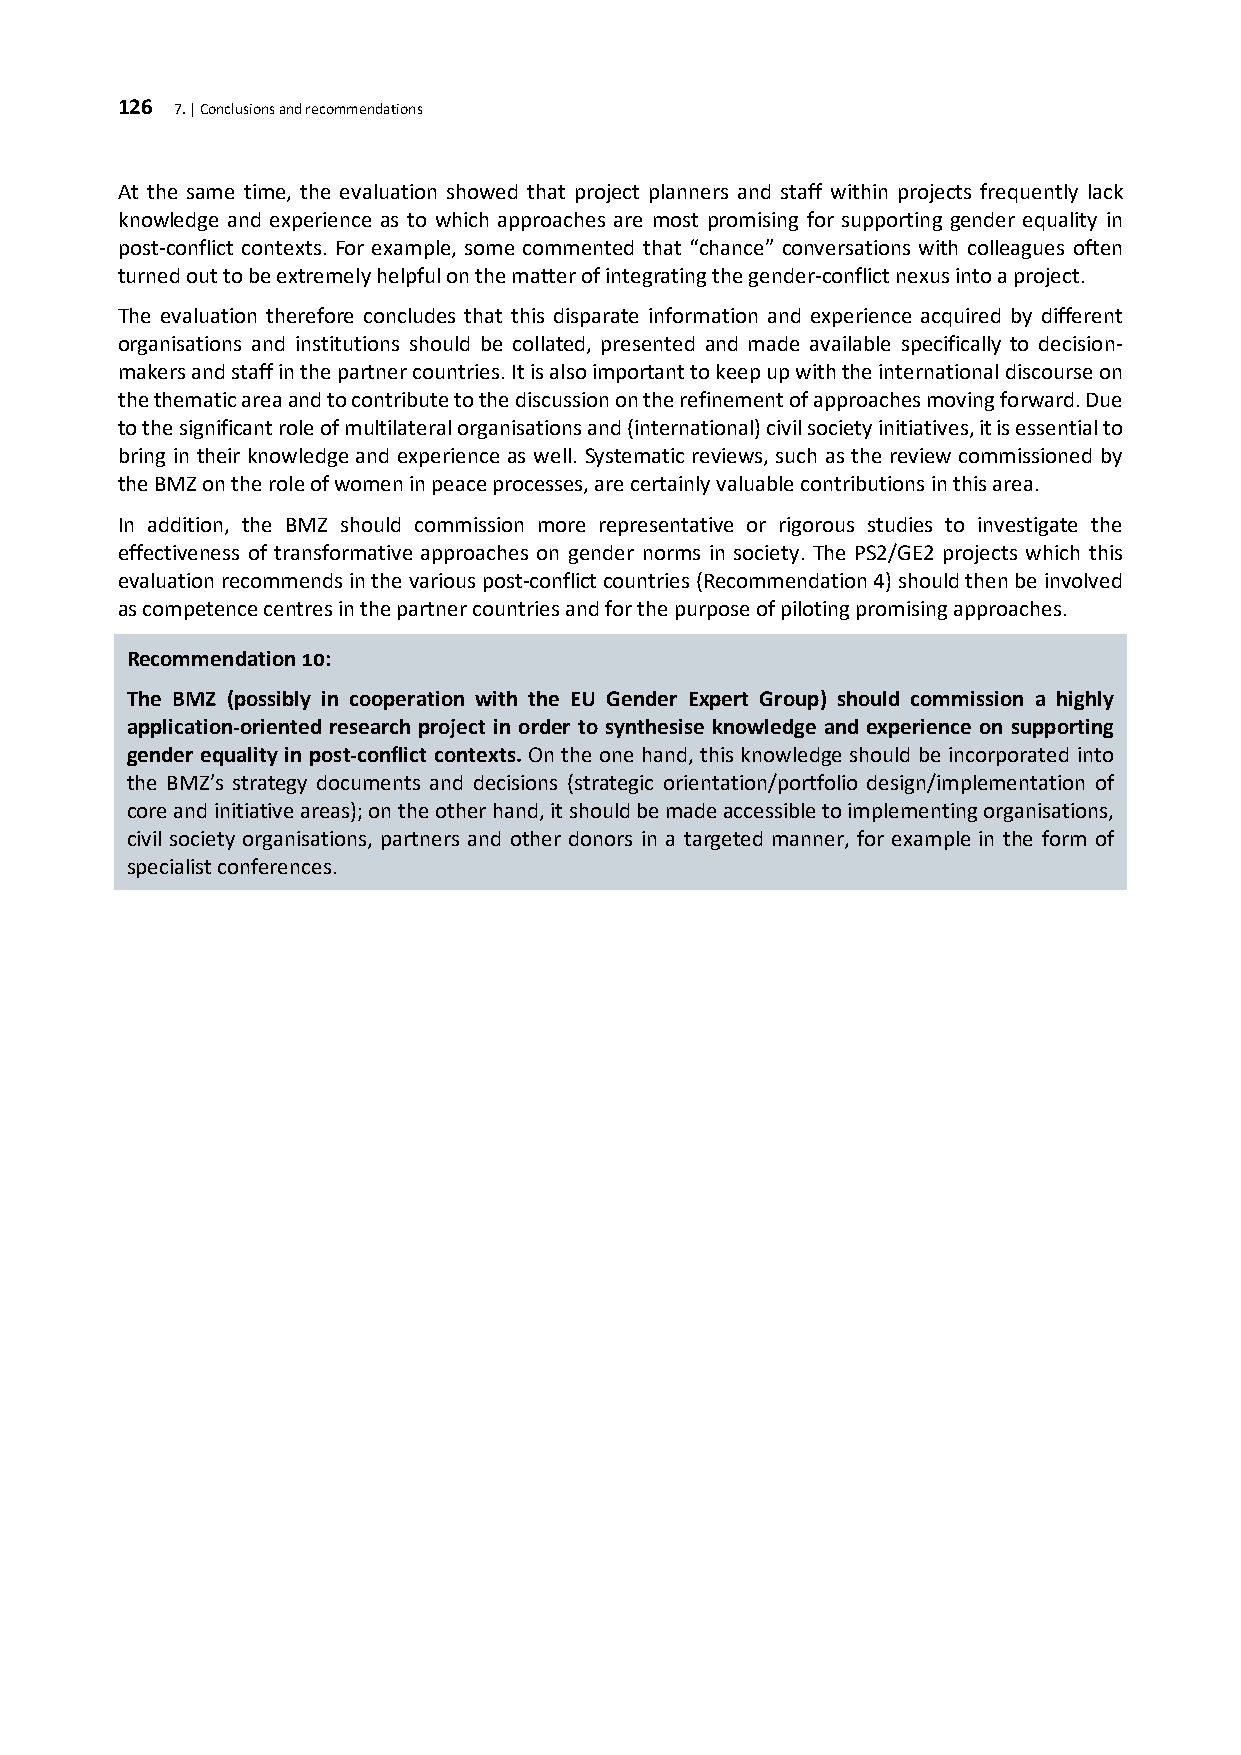
126 7. | Conclusions and recommendations
 At the same time, the evaluation showed that project planners and staff within projects frequently lack
 knowledge and experience as to which approaches are most promising for supporting gender equality in
 post-conflict contexts. For example, some commented that “chance” conversations with colleagues often
 turned out to be extremely helpful on the matter of integrating the gender-conflict nexus into a project.
 The evaluation therefore concludes that this disparate information and experience acquired by different
 organisations and institutions should be collated, presented and made available specifically to decision-
 makers and staff in the partner countries. It is also important to keep up with the international discourse on
 the thematic area and to contribute to the discussion on the refinement of approaches moving forward. Due
 to the significant role of multilateral organisations and (international) civil society initiatives, it is essential to
 bring in their knowledge and experience as well. Systematic reviews, such as the review commissioned by
 the BMZ on the role of women in peace processes, are certainly valuable contributions in this area.
 In addition, the BMZ should commission more representative or rigorous studies to investigate the
 effectiveness of transformative approaches on gender norms in society. The PS2/GE2 projects which this
 evaluation recommends in the various post-conflict countries (Recommendation 4) should then be involved
 as competence centres in the partner countries and for the purpose of piloting promising approaches.
 Recommendation 10:
 The BMZ (possibly in cooperation with the EU Gender Expert Group) should commission a highly
 application-oriented research project in order to synthesise knowledge and experience on supporting
 gender equality in post-conflict contexts. On the one hand, this knowledge should be incorporated into
 the BMZ’s strategy documents and decisions (strategic orientation/portfolio design/implementation of
 core and initiative areas); on the other hand, it should be made accessible to implementing organisations,
 civil society organisations, partners and other donors in a targeted manner, for example in the form of
 specialist conferences.